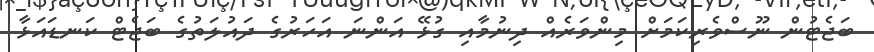
ބަޖެޓުން ނޫސްވެރިކަމަށް މިންވަރެއް ދިނުމާއި ގުޅޭ އަންނަ އަހަރުގެ ދައުލަތުގެ ބަޖެޓް ކަނޑައަޅާ